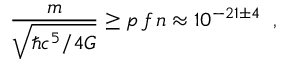
\frac { m } { \sqrt { \hbar c ^ { 5 } / 4 G } } \geq p \, f \, n \approx 1 0 ^ { - 2 1 \pm 4 } \; \; ,